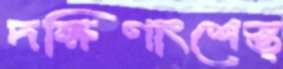
দক্ষিণাংশেস্ত্